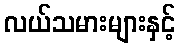
လယ်သမားများနှင့်